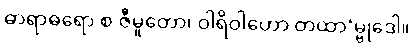
ဓာရာဓရော စ ဇီမူတော၊ ဝါရိဝါဟော တထာ’မ္ဗုဒေါ။